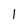
Character: 1